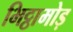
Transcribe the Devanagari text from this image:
भिट्ठामोड़